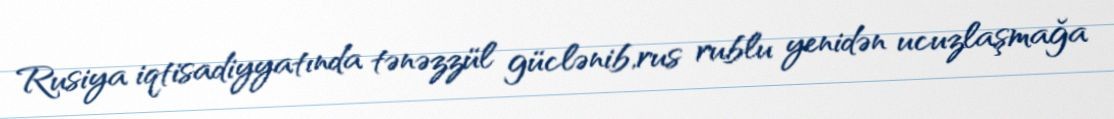
Rusiya iqtisadiyyatında tənəzzül güclənib,rus rublu yenidən ucuzlaşmağa